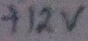
Text: +12V